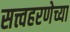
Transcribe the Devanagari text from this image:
सत्त्वहरणेच्या